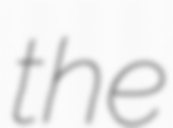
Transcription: the